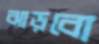
ঝাড়বো